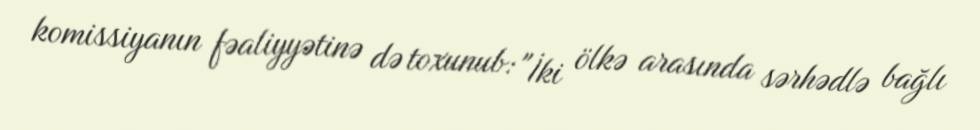
komissiyanın fəaliyyətinə də toxunub: "İki ölkə arasında sərhədlə bağlı